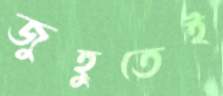
জুহুতেই